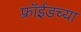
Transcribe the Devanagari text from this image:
फ्रॉईडच्या